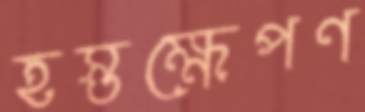
হস্তক্ষেপণ